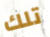
تلك